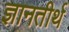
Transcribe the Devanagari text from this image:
ज्ञानतीर्थ